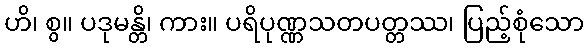
ဟိ၊ စွ။ ပဒုမန္တိ၊ ကား။ ပရိပုဏ္ဏသတပတ္တဿ၊ ပြည့်စုံသော